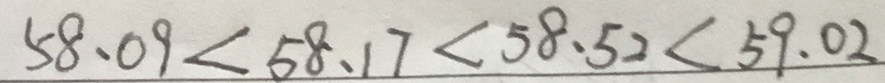
5 8 . 0 9 < 5 8 . 1 7 < 5 8 . 5 2 < 5 9 . 0 2